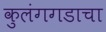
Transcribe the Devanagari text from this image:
कुलंगगडाचा